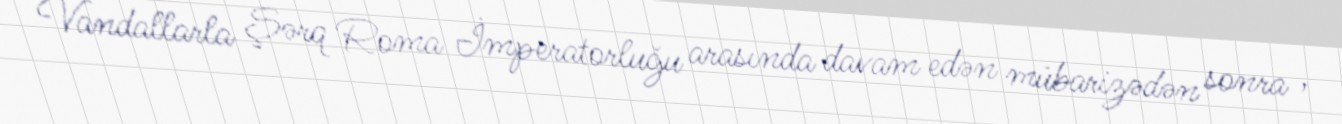
Vandallarla Şərq Roma İmperatorluğu arasında davam edən mübarizədən sonra ,